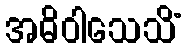
အဓိဝါသေသိံ